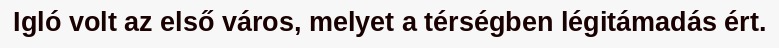
Igló volt az első város, melyet a térségben légitámadás ért.